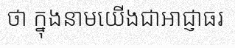
ថា ក្នុងនាមយើងជាអាជ្ញាធរ